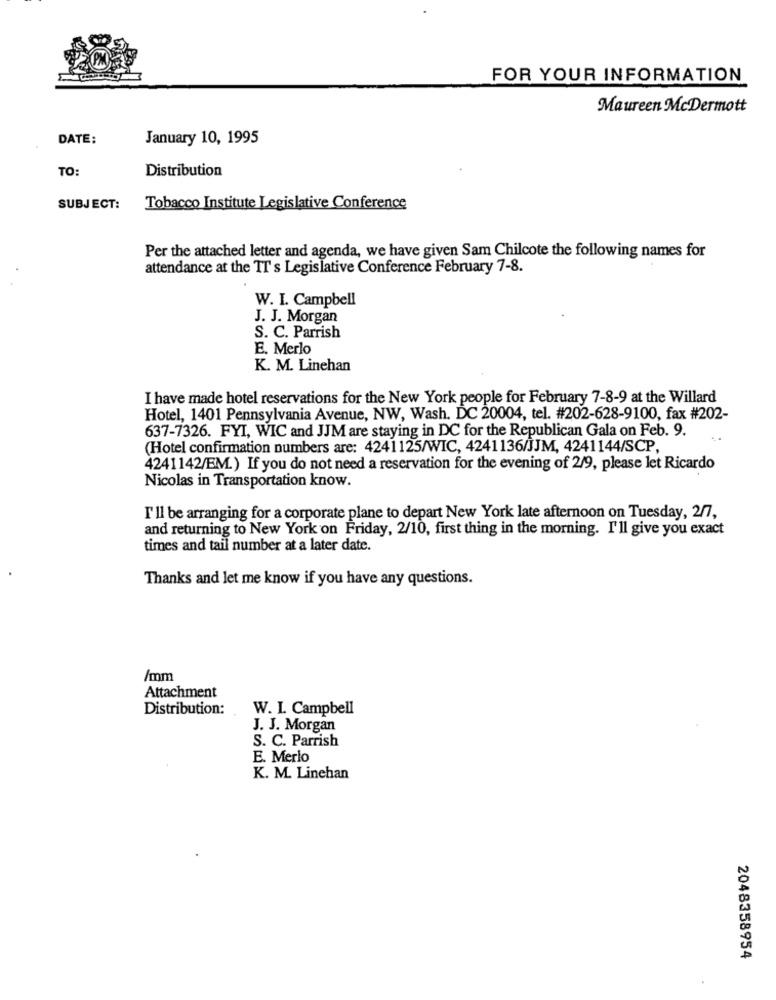
FOR YOUR INFORMATION
Maureen McDermott
DATE:
January 10, 1995
TO
Distribution
SUBJECT: Tobacco Institute Legislative Conference
Per the attached letter and agenda, we have given Sam Chilcote the following names for
attendance at the TT s Legislative Conference February 7-8.
W. I. Campbell
J. J. Morgan
S. C. Parrish
E. Merlo
K. M. Linehan
I have made hotel reservations for the New York people for February 7-8-9 at the Willard
Hotel, 1401 Pennsylvania Avenue, NW, Wash. DC 20004, tel. #202-628-9100, fax #202-
637-7326. FYI, WIC and JJM are staying in DC for the Republican Gala on Feb. 9.
(Hotel confirmation numbers are: 4241125/WIC, 4241136/JJM, 4241144/SCP,
4241142/EM.) If you do not need a reservation for the evening of 2/9, please let Ricardo
Nicolas in Transportation know.
I'll be arranging for a corporate plane to depart New York late afternoon on Tuesday, 2/7,
and returning to New York on Friday, 2/10, first thing in the morning. I'll give you exact
times and tail number at a later date.
Thanks and let me know if you have any questions.
/mm
Attachment
Distribution:
W. I. Campbell
J. J. Morgan
S. C. Parrish
E. Merlo
K. M. Linehan
2048358954